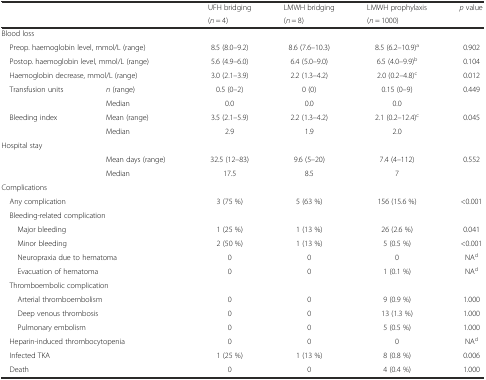
<table><thead><tr><td rowspan="2" colspan="2"></td><td><b>UFH bridging</b></td><td><b>LMWH bridging</b></td><td><b>LMWH prophylaxis</b></td><td rowspan="2"><b><i>p</i> value</b></td></tr><tr><td><b>(<i>n</i> = 4)</b></td><td><b>(<i>n</i> = 8)</b></td><td><b>(<i>n</i> = 1000)</b></td></tr></thead><tbody><tr><td colspan="2">Blood loss</td><td></td><td></td><td></td><td></td></tr><tr><td colspan="2"> Preop. haemoglobin level, mmol/L (range)</td><td>8.5 (8.0–9.2)</td><td>8.6 (7.6–10.3)</td><td>8.5 (6.2–10.9)<sup>a</sup></td><td>0.902</td></tr><tr><td colspan="2"> Postop. haemoglobin level, mmol/L (range)</td><td>5.6 (4.9–6.0)</td><td>6.4 (5.0–9.0)</td><td>6.5 (4.0–9.9)<sup>b</sup></td><td>0.104</td></tr><tr><td colspan="2"> Haemoglobin decrease, mmol/L (range)</td><td>3.0 (2.1–3.9)</td><td>2.2 (1.3–4.2)</td><td>2.0 (0.2–4.8)<sup>c</sup></td><td>0.012</td></tr><tr><td> Transfusion units</td><td><i>n</i> (range)</td><td>0.5 (0–2)</td><td>0 (0)</td><td>0.15 (0–9)</td><td>0.449</td></tr><tr><td></td><td>Median</td><td>0.0</td><td>0.0</td><td>0.0</td><td></td></tr><tr><td> Bleeding index</td><td>Mean (range)</td><td>3.5 (2.1–5.9)</td><td>2.2 (1.3–4.2)</td><td>2.1 (0.2–12.4)<sup>c</sup></td><td>0.045</td></tr><tr><td></td><td>Median</td><td>2.9</td><td>1.9</td><td>2.0</td><td></td></tr><tr><td colspan="2">Hospital stay</td><td></td><td></td><td></td><td></td></tr><tr><td></td><td>Mean days (range)</td><td>32.5 (12–83)</td><td>9.6 (5–20)</td><td>7.4 (4–112)</td><td>0.552</td></tr><tr><td></td><td>Median</td><td>17.5</td><td>8.5</td><td>7</td><td></td></tr><tr><td colspan="2">Complications</td><td></td><td></td><td></td><td></td></tr><tr><td colspan="2"> Any complication</td><td>3 (75 %)</td><td>5 (63 %)</td><td>156 (15.6 %)</td><td>&lt;0.001</td></tr><tr><td colspan="2"> Bleeding-related complication</td><td></td><td></td><td></td><td></td></tr><tr><td colspan="2">Major bleeding</td><td>1 (25 %)</td><td>1 (13 %)</td><td>26 (2.6 %)</td><td>0.041</td></tr><tr><td colspan="2">Minor bleeding</td><td>2 (50 %)</td><td>1 (13 %)</td><td>5 (0.5 %)</td><td>&lt;0.001</td></tr><tr><td colspan="2">Neuropraxia due to hematoma</td><td>0</td><td>0</td><td>0</td><td>NA<sup>d</sup></td></tr><tr><td colspan="2">Evacuation of hematoma</td><td>0</td><td>0</td><td>1 (0.1 %)</td><td>NA<sup>d</sup></td></tr><tr><td colspan="2"> Thromboembolic complication</td><td></td><td></td><td></td><td></td></tr><tr><td colspan="2">Arterial thromboembolism</td><td>0</td><td>0</td><td>9 (0.9 %)</td><td>1.000</td></tr><tr><td colspan="2">Deep venous thrombosis</td><td>0</td><td>0</td><td>13 (1.3 %)</td><td>1.000</td></tr><tr><td colspan="2">Pulmonary embolism</td><td>0</td><td>0</td><td>5 (0.5 %)</td><td>1.000</td></tr><tr><td colspan="2"> Heparin-induced thrombocytopenia</td><td>0</td><td>0</td><td>0</td><td>NA<sup>d</sup></td></tr><tr><td colspan="2"> Infected TKA</td><td>1 (25 %)</td><td>1 (13 %)</td><td>8 (0.8 %)</td><td>0.006</td></tr><tr><td colspan="2"> Death</td><td>0</td><td>0</td><td>4 (0.4 %)</td><td>1.000</td></tr></tbody></table>